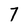
Character: 7